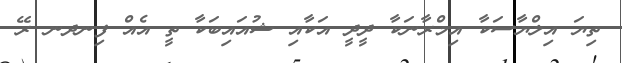
ތިޔަ އިލްޔާސަކާ އިމްރާނަކާ ދީދީ އަކާއި ޝުއައިބަކާ ތީ އެއް ފިނދނ ރޭ